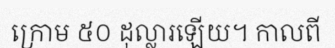
ក្រោម ៥០ ដុល្លារឡើយ។ កាលពី